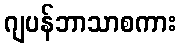
ဂျပန်ဘာသာစကား